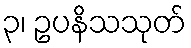
၃၊ ဥပနိသသုတ်